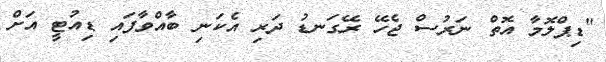
"ޑިޕްލޮމާ އޮތް ނަރުސް ޖެހޭ ރޭގަނޑު ދަރި އެކަނި ބާއްވާފައި ޑިއުޓީ އަށް